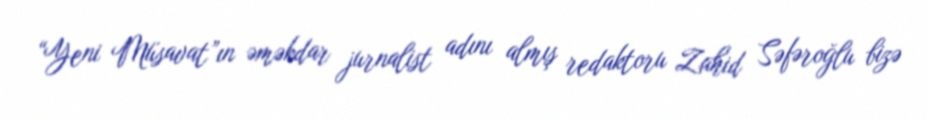
“Yeni Müsavat”ın əməkdar jurnalist adını almış redaktoru Zahid Səfəroğlu bizə